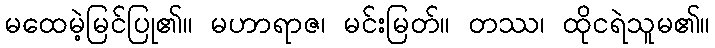
မထေမဲ့မြင်ပြု၏။ မဟာရာဇ၊ မင်းမြတ်။ တဿ၊ ထိုငရဲသူမ၏။